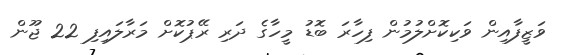
ވަޒީފާއިން ވަކިކޮށްލުމުން ފިހާރަ ބޮޑު މީހާގެ ދަރި ރޭޕުކޮށް މަރާލައިފި 22 ޖޫން